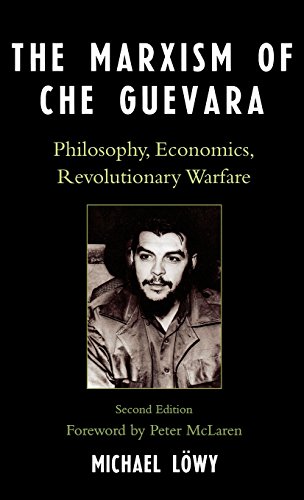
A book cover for The Marxism of Che Guevara: Philosophy, Economics, Revolutionary Warfare (Critical Currents in Latin American Perspective Series); Michael LÃ¶wy; History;